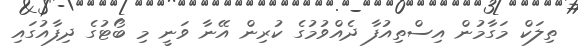
ތިލަކް މަގާމުން އިސްތިއުފާ ދެއްވުމުގެ ކުރިން އޭނާ ވަނީ މި ބޯޓުގެ ދިފާއުގައި